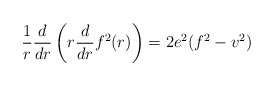
\begin{align*}\frac{1}{r}\frac{d}{dr}\left(r \frac{d}{dr} f^2(r)\right)=2 e^2 (f^2-v^2)\end{align*}